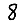
Digit: 8